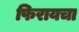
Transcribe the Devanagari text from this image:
फिरायचा